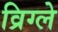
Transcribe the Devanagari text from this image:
व्रिग्ले